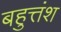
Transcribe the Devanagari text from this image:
बहुत्तंश